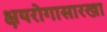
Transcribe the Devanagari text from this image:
क्षयरोगासारखा